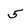
Character: 5